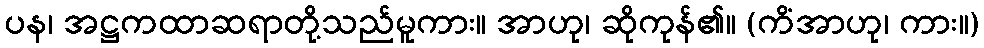
ပန၊ အဋ္ဌကထာဆရာတို့သည်မူကား။ အာဟု၊ ဆိုကုန်၏။ (ကိံအာဟု၊ ကား။)